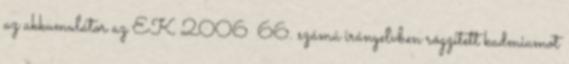
az akkumulátor az EK 2006 66. számú irányelvben rögzített kadmiumot